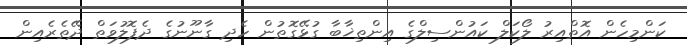
ކަންމިހެން އޮތްއިރު ލޯކަލް ކައުންސިލްގެ އިންތިޚާބާ ގުޅޭގޮތުން ހެދި ގާނޫނުގެ ދެފޮލުވަތް ދޭތެރެއިން